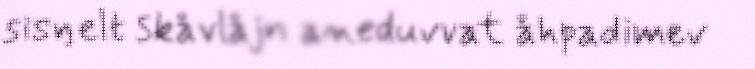
sisŋelt skåvlåjn aneduvvat åhpadimev